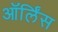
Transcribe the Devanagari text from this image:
ऑर्लिंस